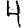
Digit: 4